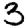
Digit: 3